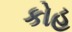
કોહ